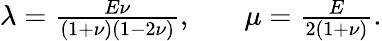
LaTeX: \begin{array}{rl}{\lambda=\frac{E\nu}{(1+\nu)(1-2\nu)},\quad}&{{}\mu=\frac{E}{2(1+\nu)}.}\end{array}